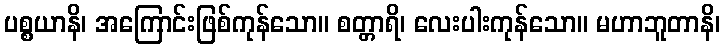
ပစ္စယာနိ၊ အကြောင်းဖြစ်ကုန်သော။ စတ္တာရိ၊ လေးပါးကုန်သော။ မဟာဘူတာနိ၊